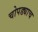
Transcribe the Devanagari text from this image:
चोपड्याच